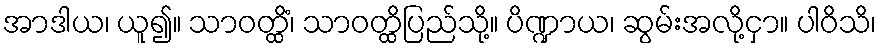
အာဒါယ၊ ယူ၍။ သာဝတ္ထိံ၊ သာဝတ္ထိပြည်သို့။ ပိဏ္ဍာယ၊ ဆွမ်းအလို့ငှာ။ ပါဝိသိ၊